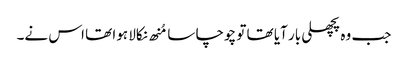
جب وہ پچھلی بار آیا تھا تو چوچا سا مُنھ نکالا ہوا تھا اس نے۔